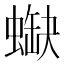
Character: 𧎯